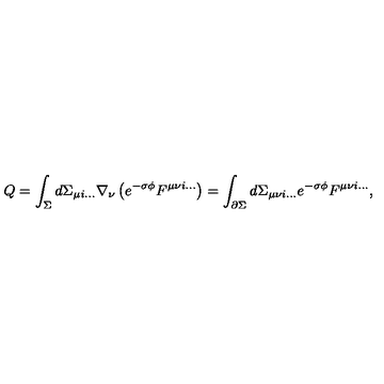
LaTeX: Q = \int _ { \Sigma } d \Sigma _ { \mu i \dots } \nabla _ { \nu } \left( e ^ { - \sigma \phi } F ^ { \mu \nu i \dots } \right) = \int _ { \partial \Sigma } d \Sigma _ { \mu \nu i \dots } e ^ { - \sigma \phi } F ^ { \mu \nu i \dots } ,